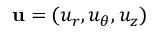
\mathbf { u } = ( u _ { r } , u _ { \theta } , u _ { z } )